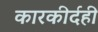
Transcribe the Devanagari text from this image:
कारकीर्दही